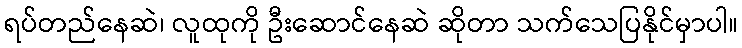
ရပ်တည်နေဆဲ၊ လူထုကို ဦးဆောင်နေဆဲ ဆိုတာ သက်သေပြနိုင်မှာပါ။